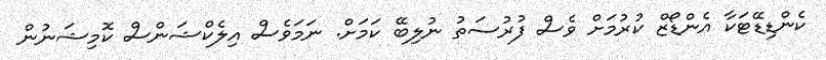
ކެންޑިޑޭޓަކާ އެންޑޯޒް ކުރުމަށް ވެސް ފުރުސަތު ނުލިބޭ ކަމަށް. ނަމަވެސް އިލެކްޝަންސް ކޮމިޝަނުން